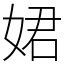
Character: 𡝗